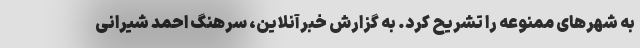
به شهر‌های ممنوعه را تشریح کرد. به گزارش خبرآنلاین، سرهنگ احمد شیرانی